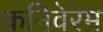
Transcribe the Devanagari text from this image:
कनिवेरम